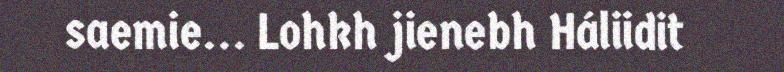
saemie... Lohkh jienebh Háliidit